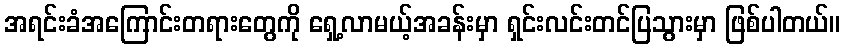
အရင်းခံအကြောင်းတရားတွေကို ရှေ့လာမယ့်အခန်းမှာ ရှင်းလင်းတင်ပြသွားမှာ ဖြစ်ပါတယ်။